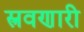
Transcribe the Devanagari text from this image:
स्त्रवणारी